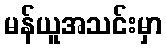
မန်ယူအသင်းမှာ